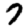
Digit: 7